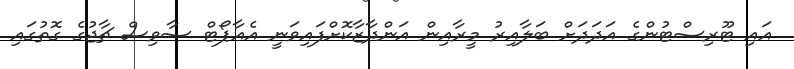
އައި ޓޫރިސްޓުންގެ އަދަދަށް ބަލާއިރު މީރާއިން އަންދާޒާކޮށްފައިވަނީ އެއާޕޯޓް ސާވިސް ޗާޖުގެ ގޮތުގައި